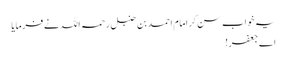
یہ خواب سن کر امام احمد بن حنبل رحمہ اللہ نے فرمایا
اے جعفر!